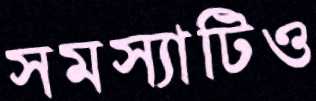
সমস্যাটিও